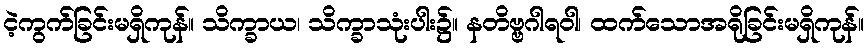
ငဲ့ကွက်ခြင်းမရှိကုန်။ သိက္ခာယ၊ သိက္ခာသုံးပါး၌။ နတိဗ္ဗဂါရဝါ၊ ထက်သောအရိုခြင်းမရှိကုန်။